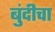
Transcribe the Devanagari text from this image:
बुंदीचा